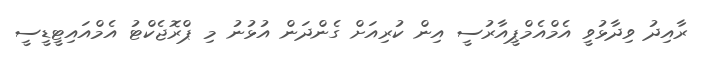
ރާއިދު ވިދާޅުވީ އެމްއެމްޕީއާރުސީ އިން ކުރިއަށް ގެންދަން އުޅުނު މި ޕްރޮޖެކްޓު އެމްއައިޓީޑީސީ